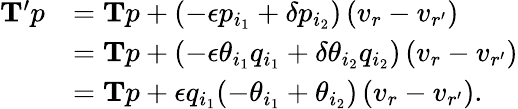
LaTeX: \begin{array}{rl}{\mathbf{T}^{\prime}p}&{=\mathbf{T}p+(-\epsilon p_{i_{1}}+\delta p_{i_{2}})\left(v_{r}-v_{r^{\prime}}\right)}\\ &{=\mathbf{T}p+(-\epsilon\theta_{i_{1}}q_{i_{1}}+\delta\theta_{i_{2}}q_{i_{2}})\left(v_{r}-v_{r^{\prime}}\right)}\\ &{=\mathbf{T}p+\epsilon q_{i_{1}}(-\theta_{i_{1}}+\theta_{i_{2}})\left(v_{r}-v_{r^{\prime}}\right).}\end{array}